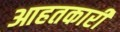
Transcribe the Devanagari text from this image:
आहतकारी